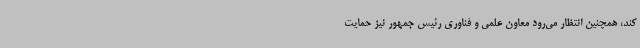
کند، همچنین انتظار می‌رود معاون علمی و فناوری رئیس جمهور نیز حمایت